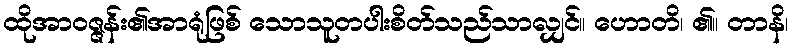
ထိုအာဝဇ္ဇန်း၏အာရုံဖြစ် သောသူတပါးစိတ်သည်သာလျှင်။ ဟောတိ၊ ၏။ တာနိ၊